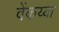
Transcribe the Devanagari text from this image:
वेंकय्या